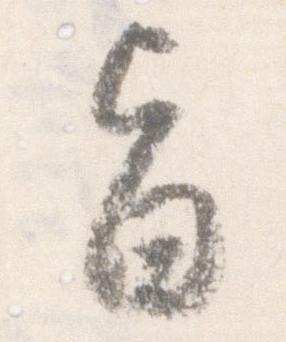
旨